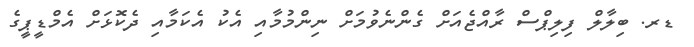
ޑރ. ބިލާލް ފިލިޕްސް ރާއްޖެއަށް ގެންނެވުމަށް ނިންމުމާއި އެކު އެކަމާއި ދެކޮޅަށް އެމްޑީޕީގެ